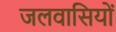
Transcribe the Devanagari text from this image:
जलवासियों